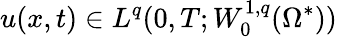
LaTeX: u(x,t)\in L^{q}(0,T;W_{0}^{1,q}(\Omega^{*}))